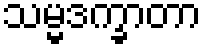
သမ္မဒက္ခာတာ